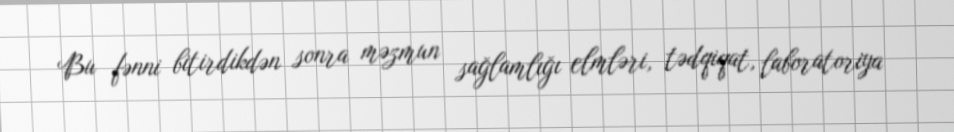
Bu fənni bitirdikdən sonra məzmun sağlamlığı elmləri, tədqiqat, laboratoriya